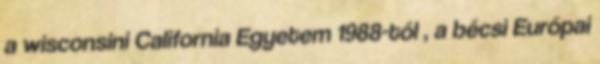
a wisconsini California Egyetem 1988-tól , a bécsi Európai